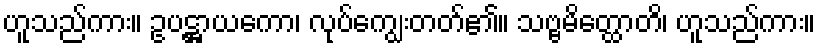
ဟူသည်ကား။ ဥပဋ္ဌာယကော၊ လုပ်ကျွေးတတ်၏။ သဗ္ဗမိတ္ထောတိ၊ ဟူသည်ကား။